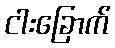
ငါးခြောက်